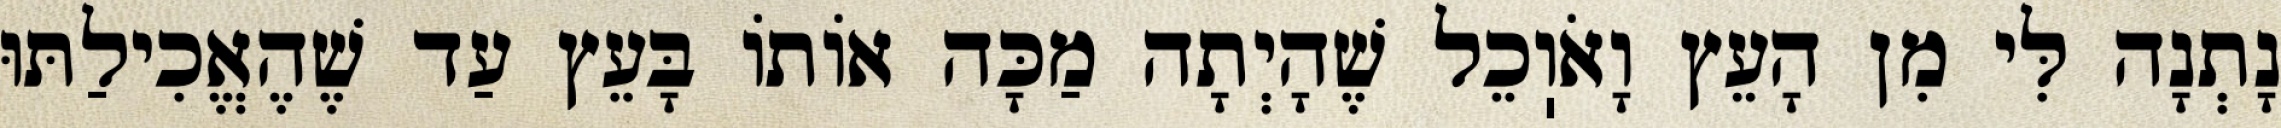
נָתְנָה לִּי מִן הָעֵץ וָאֹוֽכֵל שֶׁהָיְתָה מַכָּה אוֹתוֹ בָּעֵץ עַד שֶׁהֶאֱכִילַתּוּ